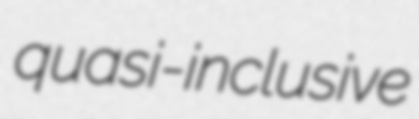
quasi-inclusive